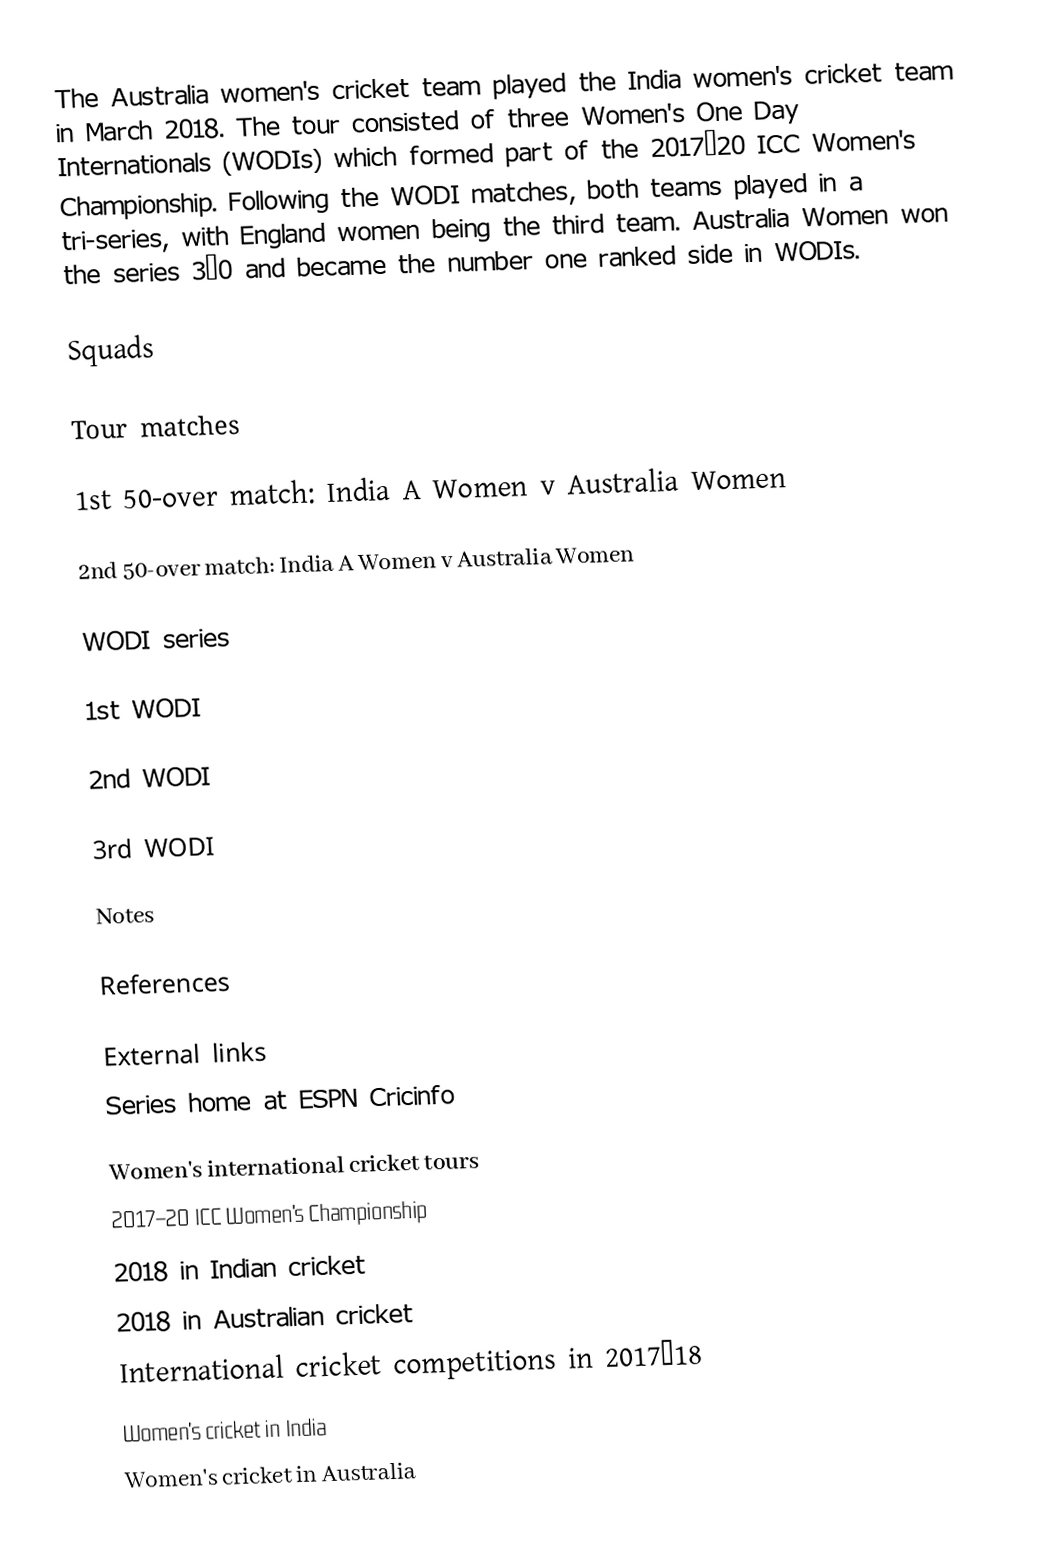
The Australia  women's cricket team played the India women's cricket team in March 2018. The tour consisted of three Women's One Day Internationals (WODIs) which formed part of the 2017–20 ICC Women's Championship. Following the WODI matches, both teams played in a tri-series, with England  women being the third team. Australia Women won the series 3–0 and became the number one ranked side in WODIs.

Squads

Tour matches

1st 50-over match: India A Women v Australia Women

2nd 50-over match: India A Women v Australia Women

WODI series

1st WODI

2nd WODI

3rd WODI

Notes

References

External links
 Series home at ESPN Cricinfo

Women's international cricket tours
2017–20 ICC Women's Championship
2018 in Indian cricket
2018 in Australian cricket
International cricket competitions in 2017–18
Women's cricket in India
Women's cricket in Australia